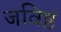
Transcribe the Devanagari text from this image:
जविष्ठं